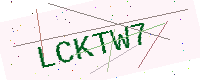
Text: LCKTW7